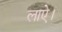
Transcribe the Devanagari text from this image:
लाऐ।